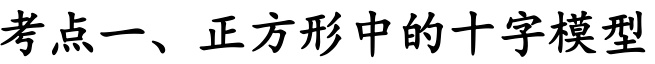
考点一、正方形中的十字模型